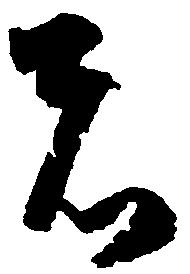
者